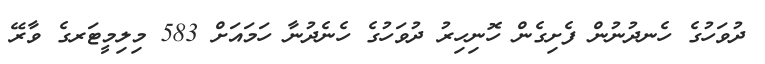
ދުވަހުގެ ހެނދުނުން ފެށިގެން ހޮނިހިރު ދުވަހުގެ ހެނެދުނާ ހަމައަށް 583 މިލިމީޓަރގެ ވާރޭ